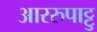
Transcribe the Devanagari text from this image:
आररुपाट्टु